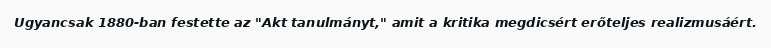
Ugyancsak 1880-ban festette az "Akt tanulmányt," amit a kritika megdicsért erőteljes realizmusáért.